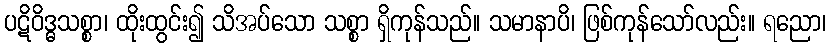
ပဋိဝိဒ္ဓသစ္စာ၊ ထိုးထွင်း၍ သိအပ်သော သစ္စာ ရှိကုန်သည်။ သမာနာပိ၊ ဖြစ်ကုန်သော်လည်း။ ရညော၊